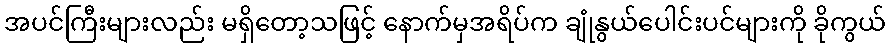
အပင်ကြီးများလည်း မရှိတော့သဖြင့် နောက်မှအရိပ်က ချုံနွယ်ပေါင်းပင်များကို ခိုကွယ်